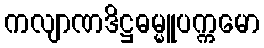
ကလျာဏဒိဋ္ဌဓမ္မူပက္ကမော